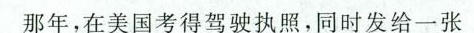
那年，在美国考得驾驶执照，同时发给一张